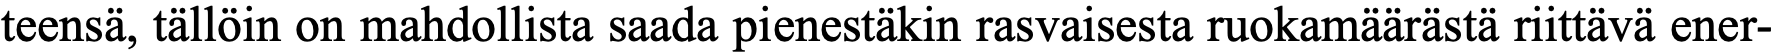
teensä, tällöin on mahdollista saada pienestäkin rasvaisesta ruokamäärästä riittävä ener-